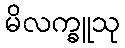
မိလက္ခူသု